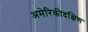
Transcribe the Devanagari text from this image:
अमेरिकीदक्षिण